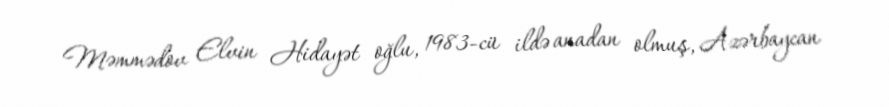
Məmmədov Elvin Hidayət oğlu, 1983-cü ildə anadan olmuş, Azərbaycan